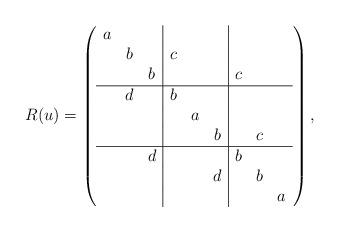
LaTeX: \begin{align*}R(u)=\left(\begin{array}{ccc|ccc|ccc} a & & & & & & & & \\ & b & & c & & & & &\\ & & b & & & & c & &\\ \hline & d & & b & & & & &\\ & & & & a & & & &\\ & & & & & b & & c &\\ \hline & & d & & & & b & &\\ & & & & & d & & b &\\ & & & & & & & & a \end{array} \right),\end{align*}